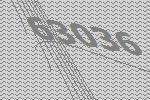
63036